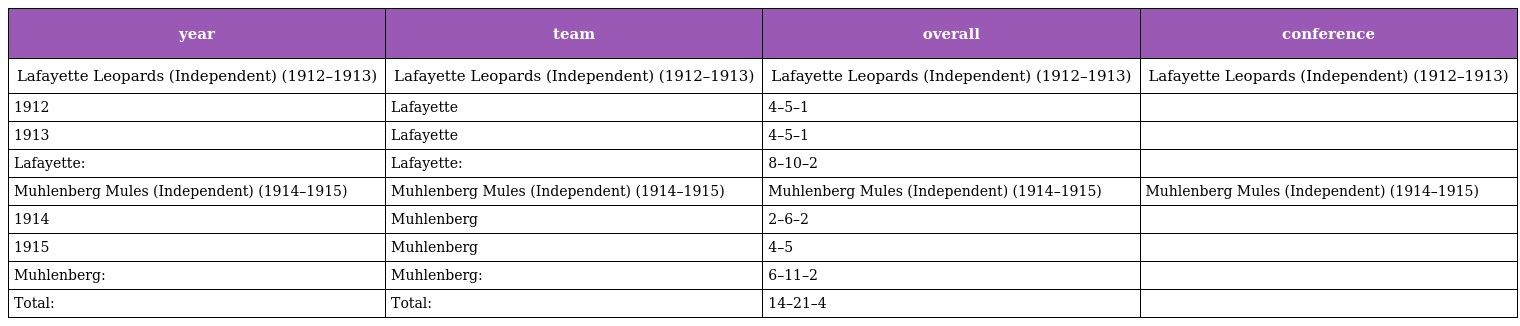
| year | team | overall | conference |
 | --- | --- | --- | --- |
 | Lafayette Leopards (Independent) (1912–1913) | Lafayette Leopards (Independent) (1912–1913) | Lafayette Leopards (Independent) (1912–1913) | Lafayette Leopards (Independent) (1912–1913) |
 | 1912 | Lafayette | 4–5–1 |  |
 | 1913 | Lafayette | 4–5–1 |  |
 | Lafayette: | Lafayette: | 8–10–2 |  |
 | Muhlenberg Mules (Independent) (1914–1915) | Muhlenberg Mules (Independent) (1914–1915) | Muhlenberg Mules (Independent) (1914–1915) | Muhlenberg Mules (Independent) (1914–1915) |
 | 1914 | Muhlenberg | 2–6–2 |  |
 | 1915 | Muhlenberg | 4–5 |  |
 | Muhlenberg: | Muhlenberg: | 6–11–2 |  |
 | Total: | Total: | 14–21–4 |  |